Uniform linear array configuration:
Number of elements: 24
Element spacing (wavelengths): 0.5
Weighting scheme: cosine
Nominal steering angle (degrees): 0
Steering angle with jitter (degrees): -1.524
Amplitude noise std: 0.05
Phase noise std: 0.05

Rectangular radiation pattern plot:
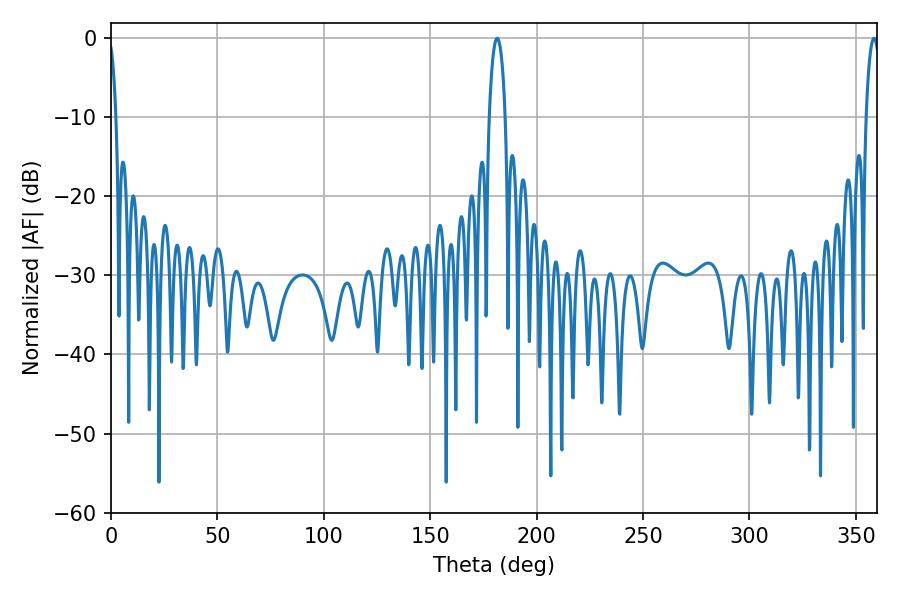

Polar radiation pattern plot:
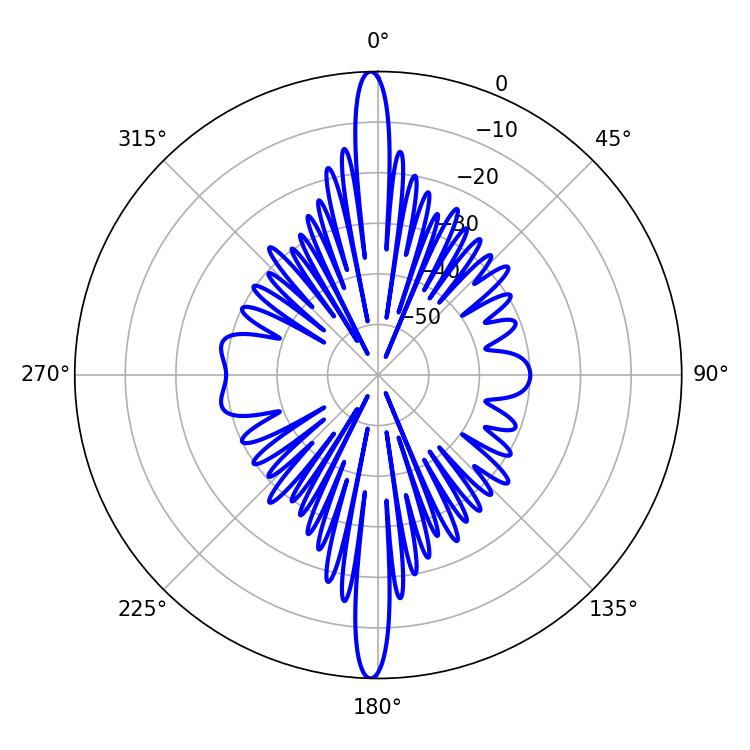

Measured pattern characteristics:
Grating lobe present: FALSE
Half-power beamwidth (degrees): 4.32
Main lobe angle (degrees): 181.44